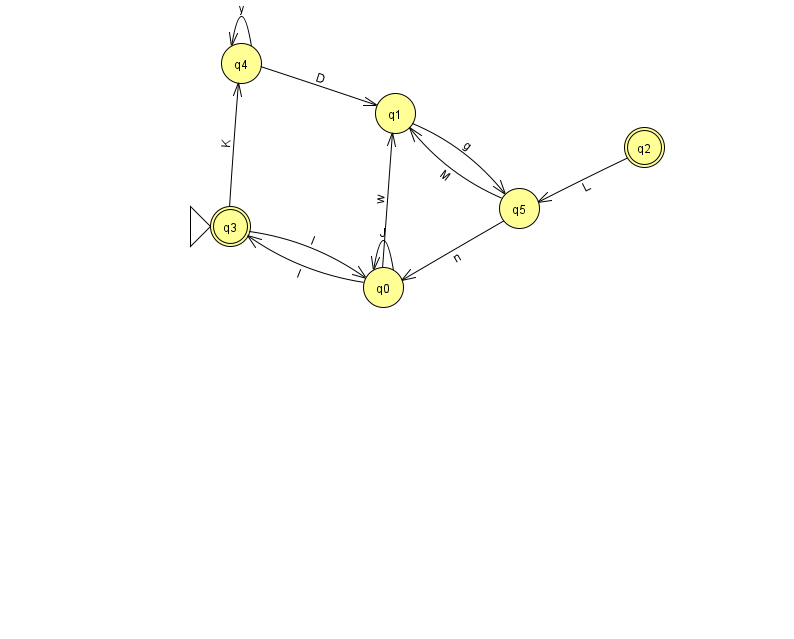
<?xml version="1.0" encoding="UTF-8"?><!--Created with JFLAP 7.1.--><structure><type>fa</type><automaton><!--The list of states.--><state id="0" name="q0"><x>383.0</x><y>274.0</y></state><state id="1" name="q1"><x>395.0</x><y>100.0</y></state><state id="2" name="q2"><x>644.0</x><y>134.0</y><final/></state><state id="3" name="q3"><x>230.0</x><y>213.0</y><initial/><final/></state><state id="4" name="q4"><x>241.0</x><y>50.0</y></state><state id="5" name="q5"><x>519.0</x><y>195.0</y></state><!--The list of transitions.--><transition><from>1</from><to>5</to><read>g</read></transition><transition><from>5</from><to>0</to><read>n</read></transition><transition><from>0</from><to>1</to><read>w</read></transition><transition><from>4</from><to>1</to><read>D</read></transition><transition><from>4</from><to>4</to><read>y</read></transition><transition><from>0</from><to>0</to><read>J</read></transition><transition><from>2</from><to>5</to><read>L</read></transition><transition><from>3</from><to>0</to><read>l</read></transition><transition><from>5</from><to>1</to><read>M</read></transition><transition><from>3</from><to>4</to><read>K</read></transition><transition><from>0</from><to>3</to><read>I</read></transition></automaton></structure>